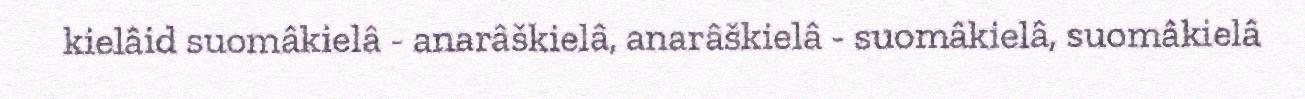
kielâid suomâkielâ - anarâškielâ, anarâškielâ - suomâkielâ, suomâkielâ